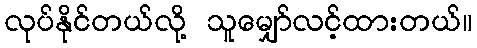
လုပ်နိုင်တယ်လို့ သူမျှော်လင့်ထားတယ်။